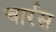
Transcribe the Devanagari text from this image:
चार्रस